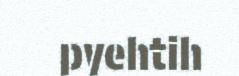
pyehtih